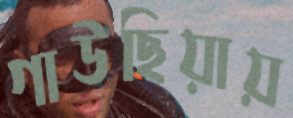
গাউছিয়ায়